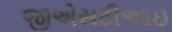
જીએસટીઆઇ